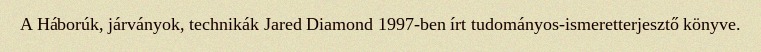
A Háborúk, járványok, technikák Jared Diamond 1997-ben írt tudományos-ismeretterjesztő könyve.